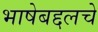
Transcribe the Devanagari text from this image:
भाषेबद्दलचे